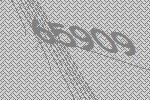
65909